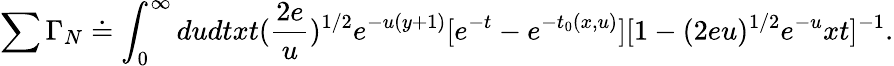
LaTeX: \sum\Gamma_{N}\doteq\int_{0}^{\infty}dudtxt(\frac{2e}{u})^{1/2}e^{-u(y+1)}[e^{-t}-e^{-t_{0}(x,u)}][1-(2eu)^{1/2}e^{-u}xt]^{-1}.